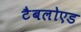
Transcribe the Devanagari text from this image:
टैबलोएड